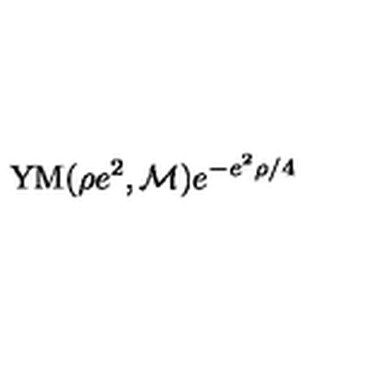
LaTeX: \mathrm { Y M } ( \rho e ^ { 2 } , { \cal M } ) e ^ { - e ^ { 2 } \rho / 4 }